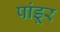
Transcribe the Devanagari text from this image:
पांडूर